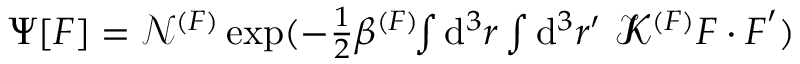
\begin{array} { r } { \Psi [ \boldsymbol { F } ] = \mathcal { N } ^ { ( F ) } \exp ( - \frac { 1 } { 2 } \beta ^ { ( F ) } \! \! \int \mathrm { d } ^ { 3 } r \int \mathrm { d } ^ { 3 } r ^ { \prime } ~ \mathbfscr { K } ^ { ( F ) } \boldsymbol { F } \cdot \boldsymbol { F } ^ { \prime } ) } \end{array}